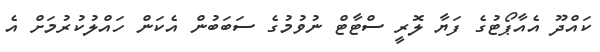
ކައްދޫ އެއާޕޯޓުގެ ފަޔާ ލޮރީ ސްޓާޓް ނުވުމުގެ ސަބަބުން އެކަން ހައްލުކުރުމަށް އެ